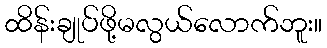
ထိန်းချုပ်ဖို့မလွယ်လောက်ဘူး။